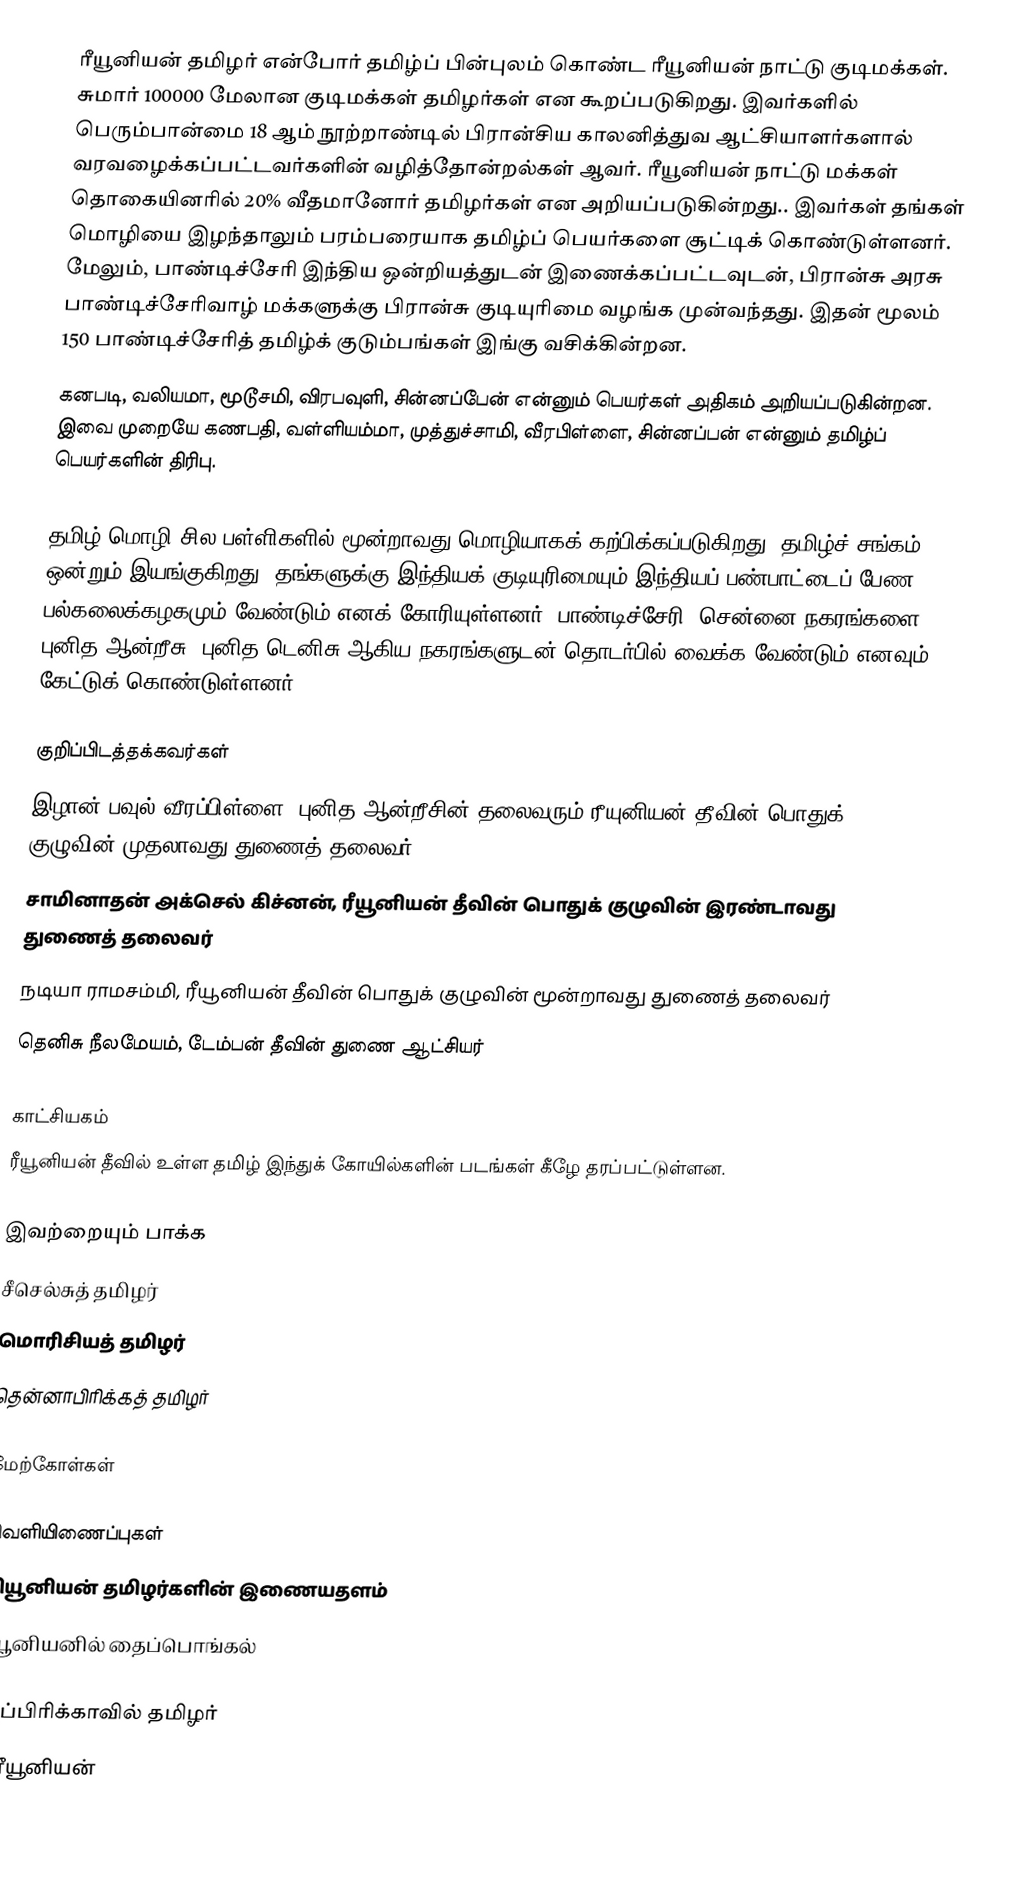
ரீயூனியன் தமிழர் என்போர் தமிழ்ப் பின்புலம் கொண்ட ரீயூனியன் நாட்டு குடிமக்கள். சுமார் 100000 மேலான குடிமக்கள் தமிழர்கள் என கூறப்படுகிறது.  இவர்களில் பெரும்பான்மை 18 ஆம் நூற்றாண்டில் பிரான்சிய காலனித்துவ ஆட்சியாளர்களால் வரவழைக்கப்பட்டவர்களின் வழித்தோன்றல்கள் ஆவர். ரீயூனியன் நாட்டு மக்கள் தொகையினரில் 20% வீதமானோர் தமிழர்கள் என அறியப்படுகின்றது.. இவர்கள் தங்கள் மொழியை இழந்தாலும் பரம்பரையாக தமிழ்ப் பெயர்களை சூட்டிக் கொண்டுள்ளனர். மேலும், பாண்டிச்சேரி இந்திய ஒன்றியத்துடன் இணைக்கப்பட்டவுடன், பிரான்சு அரசு பாண்டிச்சேரிவாழ் மக்களுக்கு பிரான்சு குடியுரிமை வழங்க முன்வந்தது. இதன் மூலம் 150 பாண்டிச்சேரித் தமிழ்க் குடும்பங்கள் இங்கு வசிக்கின்றன.
கனபடி, வலியமா, மூடூசமி, விரபவுளி, சின்னப்பேன் என்னும் பெயர்கள் அதிகம் அறியப்படுகின்றன. இவை முறையே கணபதி, வள்ளியம்மா, முத்துச்சாமி, வீரபிள்ளை, சின்னப்பன் என்னும் தமிழ்ப் பெயர்களின் திரிபு.

தமிழ் மொழி சில பள்ளிகளில் மூன்றாவது மொழியாகக் கற்பிக்கப்படுகிறது. தமிழ்ச் சங்கம் ஒன்றும் இயங்குகிறது. தங்களுக்கு இந்தியக் குடியுரிமையும் இந்தியப் பண்பாட்டைப் பேண பல்கலைக்கழகமும் வேண்டும் எனக் கோரியுள்ளனர். பாண்டிச்சேரி, சென்னை நகரங்களை புனித ஆன்றீசு, புனித டெனிசு ஆகிய நகரங்களுடன் தொடர்பில் வைக்க வேண்டும் எனவும் கேட்டுக் கொண்டுள்ளனர்.

குறிப்பிடத்தக்கவர்கள்
 இழான் பவுல் வீரப்பிள்ளை, புனித ஆன்றீசின் தலைவரும் ரீயுனியன் தீவின் பொதுக் குழுவின் முதலாவது துணைத் தலைவர்.
 சாமினாதன் அக்செல் கிச்னன், ரீயூனியன் தீவின் பொதுக் குழுவின் இரண்டாவது துணைத் தலைவர்
 நடியா ராமசம்மி, ரீயூனியன் தீவின் பொதுக் குழுவின் மூன்றாவது துணைத் தலைவர்
 தெனிசு நீலமேயம், டேம்பன் தீவின் துணை ஆட்சியர்

காட்சியகம்
ரீயூனியன் தீவில் உள்ள தமிழ் இந்துக் கோயில்களின் படங்கள் கீழே தரப்பட்டுள்ளன.

இவற்றையும் பாக்க
 சீசெல்சுத் தமிழர்
 மொரிசியத் தமிழர்
 தென்னாபிரிக்கத் தமிழர்

மேற்கோள்கள்

வெளியிணைப்புகள்
 றியூனியன் தமிழர்களின் இணையதளம்
 ரீயூனியனில் தைப்பொங்கல்

ஆப்பிரிக்காவில் தமிழர்
இரீயூனியன்